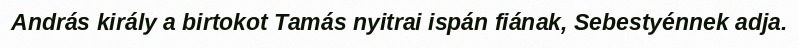
András király a birtokot Tamás nyitrai ispán fiának, Sebestyénnek adja.